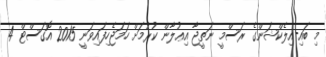
މި ބައި-އިލެކްޝަންގެ ރަސްމީ ނަތީޖާ އިޢުލާން ކުރުމަށް ހަމަޖެހިފައިވަނީ 2015 އޮގަސްޓް 4